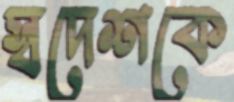
স্বদেশকে